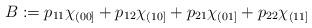
LaTeX: \begin{align*}B := p_{11} \chi_{(00]} + p_{12} \chi_{(10]} + p_{21} \chi_{(01]} + p_{22} \chi_{(11]} \end{align*}